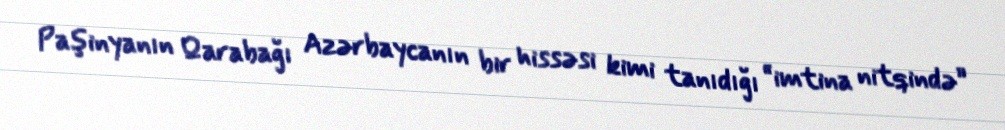
Paşinyanın Qarabağı Azərbaycanın bir hissəsi kimi tanıdığı “imtina nitqində”